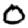
Digit: 0